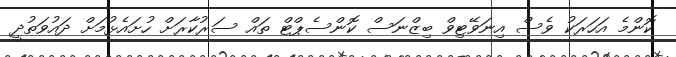
ކޮންމެ އަހަރަކު ވެސް އިނަވޭޓިވް ބިޒްނަސް ކޮންސެޕްޓް ތައް ސަރުކާރަށް ހުށައެޅުމަށް ދައުވަތުދީ